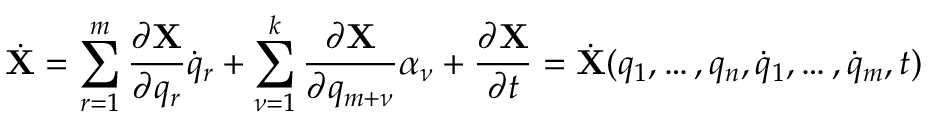
{ \dot { \bf X } } = \sum _ { r = 1 } ^ { m } \frac { \partial { \bf X } } { \partial q _ { r } } { \dot { q } } _ { r } + \sum _ { \nu = 1 } ^ { k } \frac { \partial { \bf X } } { \partial q _ { m + \nu } } \alpha _ { \nu } + \frac { \partial { \bf X } } { \partial t } = { \dot { \bf X } } ( q _ { 1 } , \dots , q _ { n } , { \dot { q } } _ { 1 } , \dots , { \dot { q } } _ { m } , t )